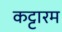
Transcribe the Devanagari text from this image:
कट्टारम